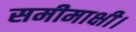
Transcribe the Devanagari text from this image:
समीमाक्षी।